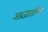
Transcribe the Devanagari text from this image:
अप्रजातांत्रिक